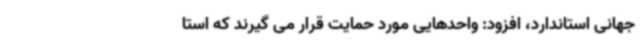
جهانی استاندارد، افزود: واحدهایی مورد حمایت قرار می گیرند که استا